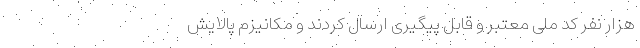
هزار نفر کد ملی معتبر و قابل پیگیری ارسال کردند و مکانیزم پالایش